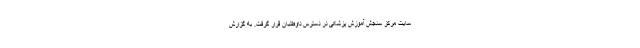
سایت مرکز سنجش آموزش پزشکی در دسترس داوطلبان قرار گرفت. به گزارش